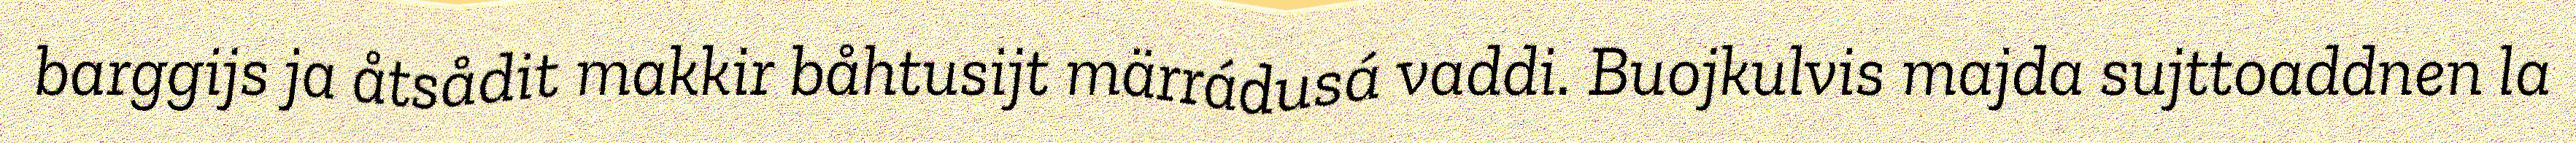
barggijs ja åtsådit makkir båhtusijt märrádusá vaddi. Buojkulvis majda sujttoaddnen la